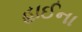
હાઈના